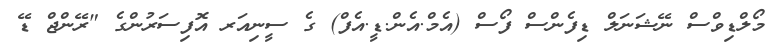
މޯލްޑިވްސް ނޭޝަނަލް ޑިފެންސް ފޯސް (އެމް.އެން.ޑީ.އެފް) ގެ ސީނިއަރ އޮފިސަރުންގެ "ރޭންޖް ޑޭ